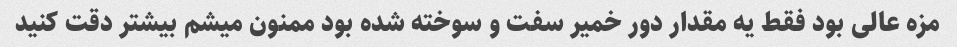
مزه عالی بود فقط یه مقدار دور خمیر سفت و سوخته شده بود ممنون میشم بیشتر دقت کنید